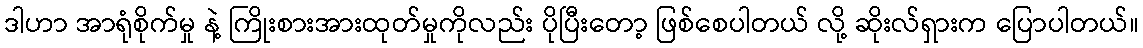
ဒါဟာ အာရုံစိုက်မှု နဲ့ ကြိုးစားအားထုတ်မှုကိုလည်း ပိုပြီးတော့ ဖြစ်စေပါတယ် လို့ ဆိုးလ်ရှားက ပြောပါတယ်။